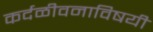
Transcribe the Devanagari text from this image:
कर्दळीवनाविषयी